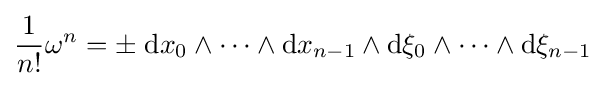
{\frac {1}{n!}}\omega ^{n}=\pm \;\mathrm {d} x_{0}\wedge \dots \wedge \mathrm {d} x_{n-1}\wedge \mathrm {d} \xi _{0}\wedge \dots \wedge \mathrm {d} \xi _{n-1}